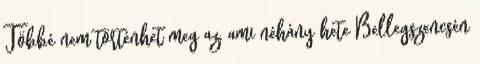
Többé nem történhet meg az, ami néhány hete Bellegszencsén